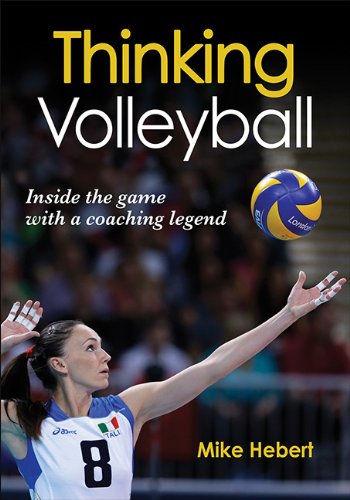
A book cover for Thinking Volleyball; Mike Hebert; Sports & Outdoors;